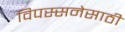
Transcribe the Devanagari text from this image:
विपस्सनेसाठी